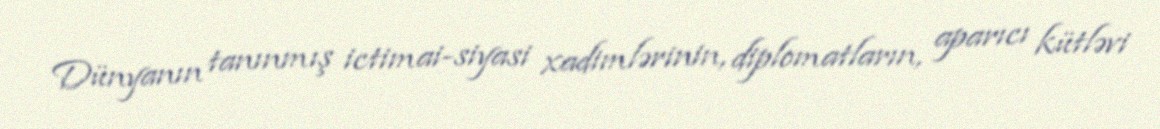
Dünyanın tanınmış ictimai-siyasi xadimlərinin, diplomatların, aparıcı kütləvi